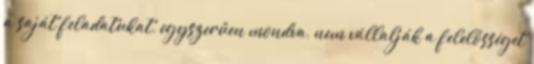
a saját feladatukat, egyszerűen mondva, nem vállalják a felelősséget